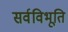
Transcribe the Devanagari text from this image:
सर्वविभूति